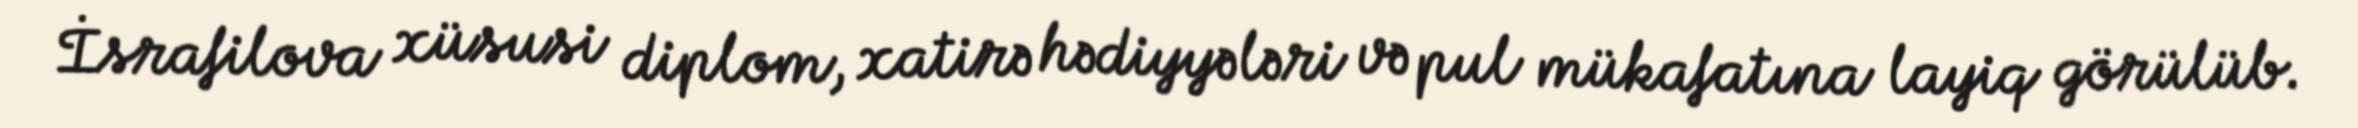
İsrafilova xüsusi diplom, xatirə hədiyyələri və pul mükafatına layiq görülüb.